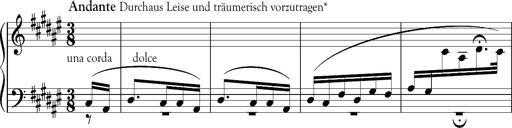
Title: Schlummerlied mit Arabesken
Composer: Franz Liszt
Key: F-sharp major